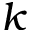
k